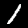
Digit: 1